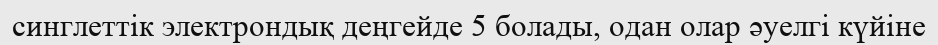
синглеттік электрондық деңгейде 5 болады, одан олар әуелгі күйіне